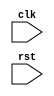
module behavioral_modeling_block (
    input wire clk,
    input wire rst
);

always @ (posedge clk or negedge rst) begin
    // code to be executed on positive edge of clk or negative edge of rst
    // add your code here
end

endmodule